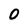
Character: O